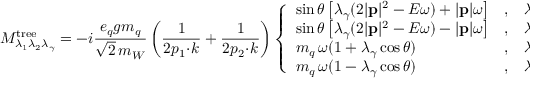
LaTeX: { \cal M } _ { \lambda _ { 1 } \lambda _ { 2 } \lambda _ { \gamma } } ^ { \mathrm { t r e e } } = - i \frac { e _ { q } g m _ { q } } { \sqrt { \displaystyle 2 } \, m _ { W } } \left( \frac { 1 } { 2 p _ { 1 } \! \cdot \! k } + \frac { 1 } { 2 p _ { 2 } \! \cdot \! k } \right) \left\{ \begin{array} { l c l } { { \sin \theta \left[ \lambda _ { \gamma } ( 2 | { \bf p } | ^ { 2 } - E \omega ) + | { \bf p } | \omega \right] } } & { { , } } & { { \lambda _ { 1 } \lambda _ { 2 } = + + } } \\ { { \sin \theta \left[ \lambda _ { \gamma } ( 2 | { \bf p } | ^ { 2 } - E \omega ) - | { \bf p } | \omega \right] } } & { { , } } & { { \lambda _ { 1 } \lambda _ { 2 } = -- } } \\ { { m _ { q } \, \omega ( 1 + \lambda _ { \gamma } \cos \theta ) } } & { { , } } & { { \lambda _ { 1 } \lambda _ { 2 } = + - } } \\ { { m _ { q } \, \omega ( 1 - \lambda _ { \gamma } \cos \theta ) } } & { { , } } & { { \lambda _ { 1 } \lambda _ { 2 } = - + } } \end{array} \right. \, ,